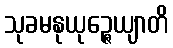
သုခမနုယုဉ္ဇေယျာတိ